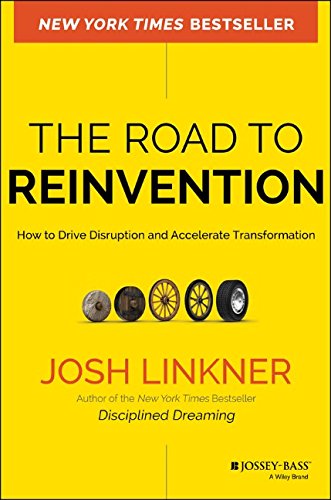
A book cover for The Road to Reinvention: How to Drive Disruption and Accelerate Transformation; Josh Linkner; Business & Money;